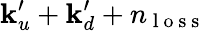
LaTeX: \mathbf{k}_{u}^{\prime}+\mathbf{k}_{d}^{\prime}+n_{\mathrm{{~l~o~s~s~}}}